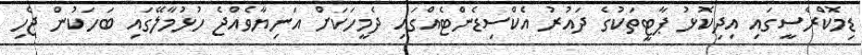
ޑިމޮކްރެސީގައި އިދިކޮޅު ޕާޓީތަކުގެ ދައުރު އެކްސިޑެންޓެއްގައި ދެމީހަކަށް އަނިޔާވެއްޖެ ހުޅުމާލޭގައި ބަހަކުން ޖެހި